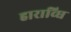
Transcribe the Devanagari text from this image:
हाराव्घि